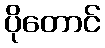
ပိုတောင်